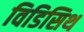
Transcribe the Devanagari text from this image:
विडिसिथ